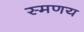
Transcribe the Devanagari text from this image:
स्मणय